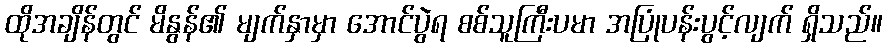
ထိုအချိန်တွင် မိနွန်၏ မျက်နှာမှာ အောင်ပွဲရ စစ်သူကြီးပမာ အပြုံပန်းပွင့်လျက် ရှိသည်။